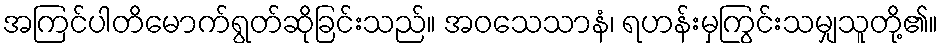
အကြင်ပါတိမောက်ရွတ်ဆိုခြင်းသည်။ အဝသေသာနံ၊ ရဟန်းမှကြွင်းသမျှသူတို့၏။